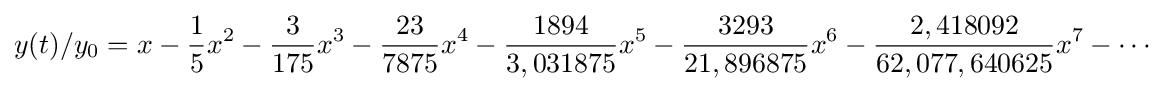
y(t)/y_{0}=x-{\frac {1}{5}}x^{2}-{\frac {3}{175}}x^{3}-{\frac {23}{7875}}x^{4}-{\frac {1894}{3,031875}}x^{5}-{\frac {3293}{21,896875}}x^{6}-{\frac {2,418092}{62,077,640625}}x^{7}-\cdots